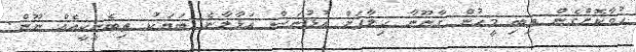
ހުވާކޮށްގެން ތިބި މީހުން ޤާނޫނާ ޚިލާފަށް އުޅުނަސް އަޅާލާނެ ބަޔަކު ތިބެނީކީއެއް ނޫން.